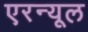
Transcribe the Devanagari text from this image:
एरन्‍यूल